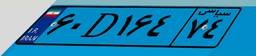
۶۰D۱۶۴۷۴